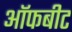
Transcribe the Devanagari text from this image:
ऑफबीट